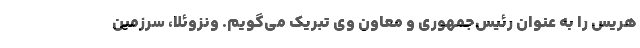
هریس را به عنوان رئیس‌جمهوری و معاون وی تبریک می‌گویم. ونزوئلا، سرزمین